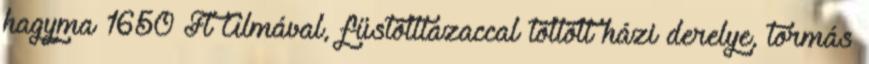
hagyma 1650 Ft Almával, füstöltlazaccal töltött házi derelye, tormás